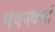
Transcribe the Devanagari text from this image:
मंथनकर्ता